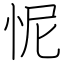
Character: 怩